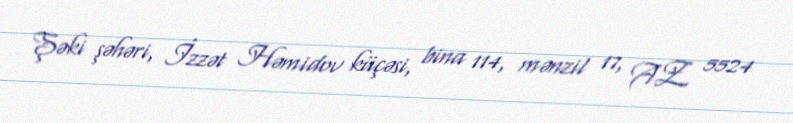
Şəki şəhəri, İzzət Həmidov küçəsi, bina 114, mənzil 17, AZ 5524